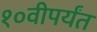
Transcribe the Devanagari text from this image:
१०वीपर्यंत